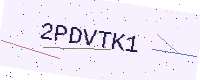
Text: 2PDVTK1